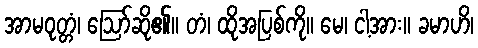
အာမဝုတ္တံ၊ ဩော်ဆို၏။ တံ၊ ထိုအပြစ်ကို။ မေ၊ ငါ့အား။ ခမာဟိ၊